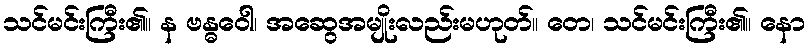
သင်မင်းကြီး၏။ န ဗန္ဓဝေါ၊ အဆွေအမျိုးလည်းမဟုတ်။ တေ၊ သင်မင်းကြီး၏။ နော